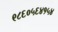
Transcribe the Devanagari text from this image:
९८६०५६४१५४